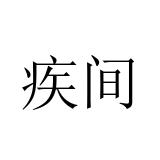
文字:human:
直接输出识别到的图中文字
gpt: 疾间